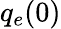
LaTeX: q_{e}(0)